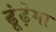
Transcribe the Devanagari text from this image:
ढूंढ़ेगा